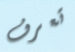
تعرف